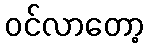
ဝင်လာတော့